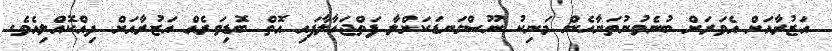
އަޒުރާއަށް އެވަރަށް ބުނެވުނުތަނާހެން މަނިކު ނޫސްގަނޑަކަށްލާ ފަތްޖަހާލާފައި އޮތް ބޮޑިވަރެއް އަޒުރާއަށް ދިއްކޮއްލިއެވެ.